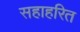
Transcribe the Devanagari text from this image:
सहाहरित